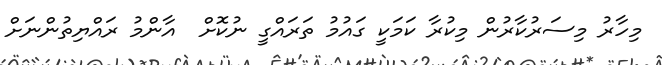
މިހާރު މިސަރުކާރުން މިކުރާ ކަމަކީ ގައުމު ތަރައްގީ ނުކޮށް  އާންމު ރައްޔިތުންނަށް